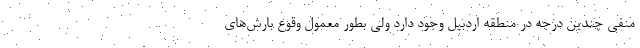
منفی چندین درجه در منطقه اردبیل وجود دارد ولی بطور معمول وقوع بارش‌های